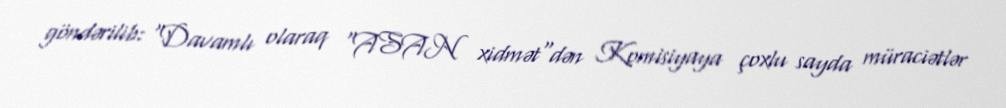
göndərilib: "Davamlı olaraq "ASAN xidmət"dən Komisiyaya çoxlu sayda müraciətlər